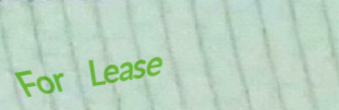
For Lease